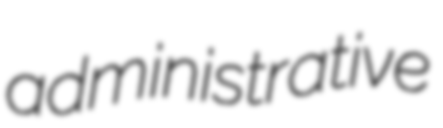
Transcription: administrative